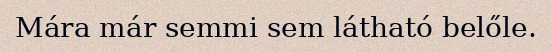
Mára már semmi sem látható belőle.